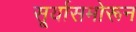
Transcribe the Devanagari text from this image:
सू्र्यासमोरून